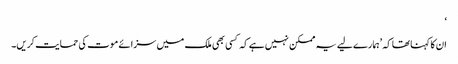
‘
ان کا کہنا تھا کہ ’ہمارے لیے یہ ممکن نہیں ہے کہ کسی بھی ملک میں سزائے موت کی حمایت کریں۔